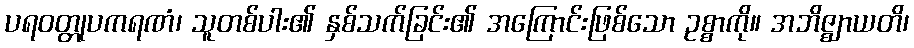
ပရဝတ္တုပကရဏံ၊ သူတစ်ပါး၏ နှစ်သက်ခြင်း၏ အကြောင်းဖြစ်သော ဥစ္စာကို။ အဘိဇ္ဈာယတိ၊